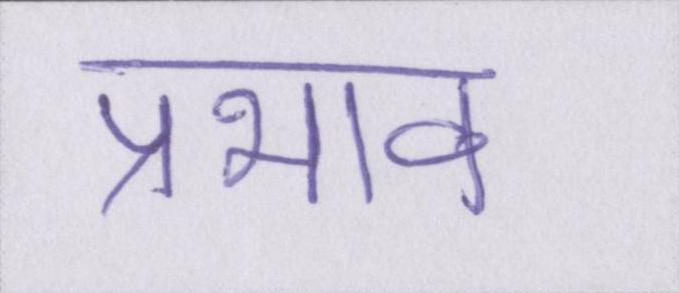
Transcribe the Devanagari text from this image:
प्रभाव